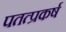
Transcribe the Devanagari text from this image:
पतत्प्रकर्ष